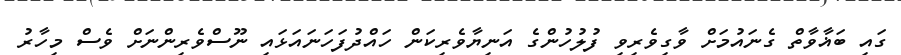
ގައި ބަޣާވާތް ގެނައުމަށް ވާގިވެރިވި ފުލުހުންގެ އަނިޔާވެރިކަން ހައްދުފަހަނައަޅައި ނޫސްވެރިންނަށް ވެސް މިހާރު